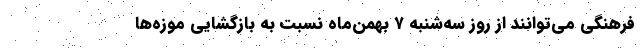
فرهنگی می‌توانند از روز سه‌شنبه ۷ بهمن‌ماه نسبت به بازگشایی موزه‌ها